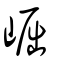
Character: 崛